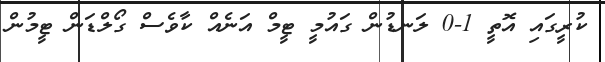
ކުރީގައި އޮތީ 1-0 ލަނޑުން ގައުމީ ޓީމް އަނެއް ކާވެސް ގޯލްޑަން ޓީމުން